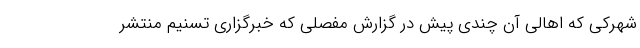
شهرکی که اهالی آن چندی پیش در گزارش مفصلی که خبرگزاری تسنیم منتشر